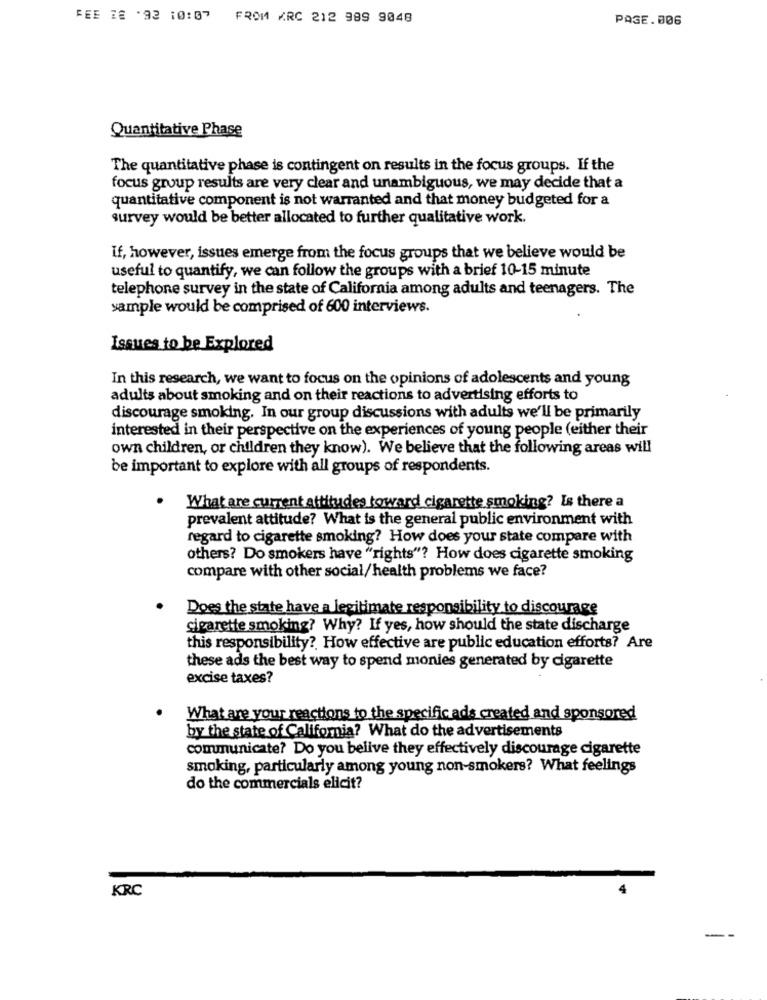
FEE ZE '92 10:07 FROM ARC 212 989 9048
PAGE.006
Quantitative Phase
The quantitative phase is contingent on results in the focus groups. If the
focus group results are very clear and unambiguous, we may decide that a
quantitative component is not warranted and that money budgeted for a
survey would be better allocated to further qualitative work.
if, however, issues emerge from the focus groups that we believe would be
useful to quantify, we can follow the groups with a brief 10-15 minute
telephone survey in the state of California among adults and teenagers. The
sample would be comprised of 600 interviews.
Issues to be Explored
In this research, we want to focus on the opinions of adolescents and young
adults about smoking and on their reactions to advertising efforts to
discourage smoking. In our group discussions with adults we'll be primarily
interested in their perspective on the experiences of young people (either their
own children, or children they know). We believe that the following areas will
be important to explore with all groups of respondents.
.
What are current attitudes toward cigarette smoking? Is there a
prevalent attitude? What is the general public environment with
regard to cigarette smoking? How does your state compare with
others? Do smokers have "rights"? How does cigarette smoking
compare with other social/health problems we face?
Does the state have a legitimate responsibility to discourage
cigarette smoking? Why? If yes, how should the state discharge
this responsibility? How effective are public education efforts? Are
these ads the best way to spend monies generated by cigarette
excise taxes?
What are your reactions to the specific ads created and sponsored
by the state of California? What do the advertisements
communicate? Do you belive they effectively discourage cigarette
smoking, particularly among young non-smokers? What feelings
do the commercials elicit?
KRC
-